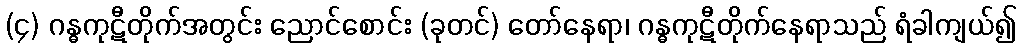
(၄) ဂန္ဓကုဋီတိုက်အတွင်း ညောင်စောင်း (ခုတင်) တော်နေရာ၊ ဂန္ဓကုဋီတိုက်နေရာသည် ရံခါကျယ်၍